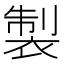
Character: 製